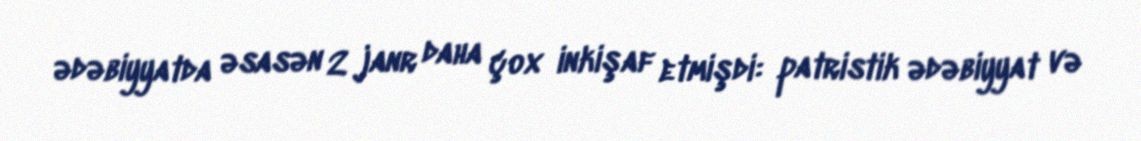
ədəbiyyatda əsasən 2 janr daha çox inkişaf etmişdi: patristik ədəbiyyat və